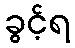
ခွင့်ရ